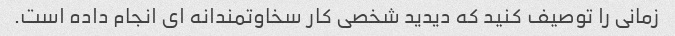
زمانی را توصیف کنید که دیدید شخصی کار سخاوتمندانه ای انجام داده است.